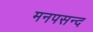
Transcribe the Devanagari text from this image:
मनपसन्द